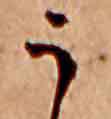
う